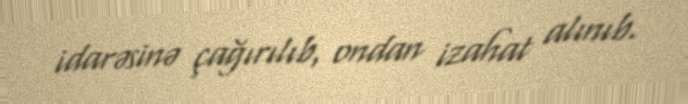
idarəsinə çağırılıb, ondan izahat alınıb.